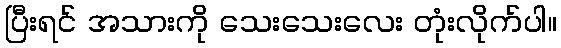
ပြီးရင် အသားကို သေးသေးလေး တုံးလိုက်ပါ။